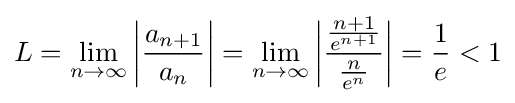
L=\lim _{n\to \infty }\left|{\frac {a_{n+1}}{a_{n}}}\right|=\lim _{n\to \infty }\left|{\frac {\frac {n+1}{e^{n+1}}}{\frac {n}{e^{n}}}}\right|={\frac {1}{e}}<1